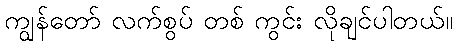
ကျွန်တော် လက်စွပ် တစ် ကွင်း လိုချင်ပါတယ်။